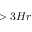
> 3 H r